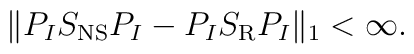
\|P_IS_{\rm NS}P_I-P_IS_{\rm R}P_I\|_1 < \infty.